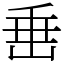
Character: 𡸁